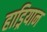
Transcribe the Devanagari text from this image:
हाड्रियान